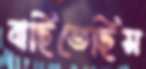
বাছিতেছিস